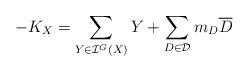
LaTeX: \begin{align*}-K_X=\sum_{Y\in \mathcal{I}^G(X)}Y+\sum_{D\in\mathcal{D}}m_D\overline{D}\end{align*}